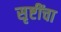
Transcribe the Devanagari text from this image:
सृष्टींचा